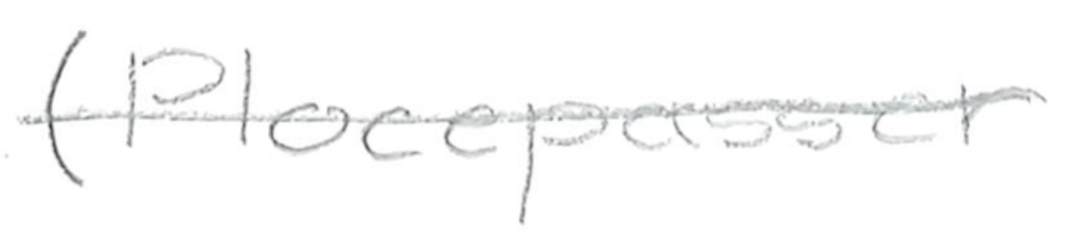
Text: (Plocepasser
Cross-out: single-line
Writing tool: pencil